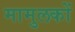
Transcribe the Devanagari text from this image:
मामुलकों